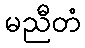
မညီတံ